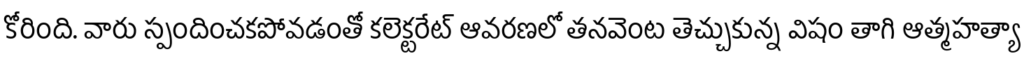
కోరింది. వారు స్పందించకపోవడంతో కలెక్టరేట్ ఆవరణలో తనవెంట తెచ్చుకున్న విషం తాగి ఆత్మహత్యా